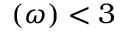
( \omega ) < 3